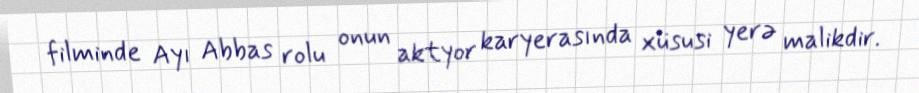
filminde Ayı Abbas rolu onun aktyor karyerasında xüsusi yerə malikdir.